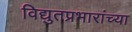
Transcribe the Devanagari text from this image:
विद्युतप्रभारांच्या